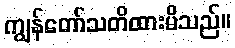
ကျွန်တော်သတိထားမိသည်။